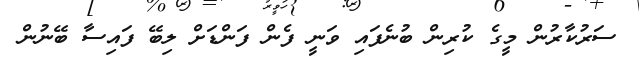
ސަރުކާރުން މީގެ ކުރިން ބުނެފައި ވަނީ ފެން ފަންޑަށް ލިބޭ ފައިސާ ބޭނުން